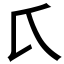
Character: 𱍸